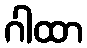
ဂါထာ